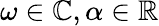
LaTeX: \omega\in\mathbb{C},\alpha\in\mathbb{R}